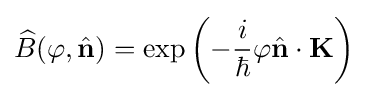
{\widehat {B}}(\varphi ,{\hat {\mathbf {n} }})=\exp \left(-{\frac {i}{\hbar }}\varphi {\hat {\mathbf {n} }}\cdot \mathbf {K} \right)